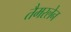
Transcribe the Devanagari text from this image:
तैमरलेन